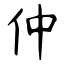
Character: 仲